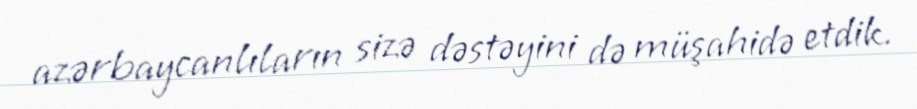
azərbaycanlıların sizə dəstəyini də müşahidə etdik.